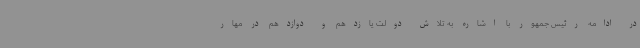
در ادامه رئیس جمهور با اشاره به تلاش دولت یازدهم و دوازدهم در مهار